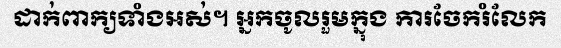
ដាក់ពាក្យទាំងអស់។ អ្នកចូលរួមក្នុង ការចែករំលែក